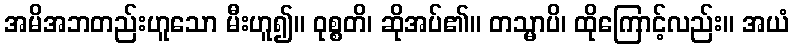
အမိအဘတည်းဟူသော မီးဟူ၍။ ဝုစ္စတိ၊ ဆိုအပ်၏။ တသ္မာပိ၊ ထိုကြောင့်လည်း။ အယံ